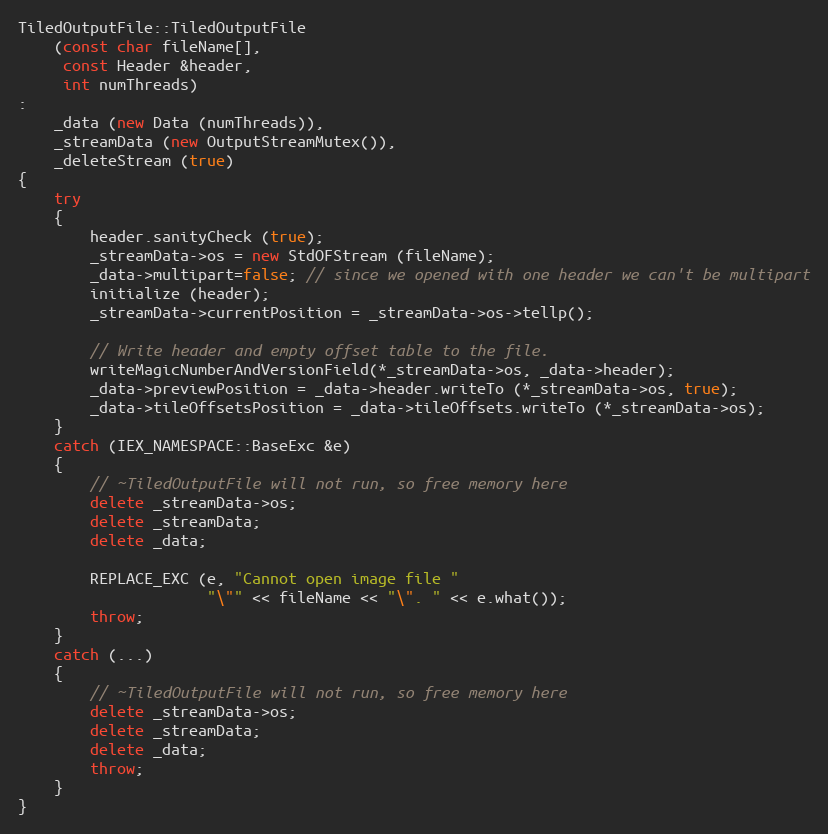
Language: C++
TiledOutputFile::TiledOutputFile
    (const char fileName[],
     const Header &header,
     int numThreads)
:
    _data (new Data (numThreads)),
    _streamData (new OutputStreamMutex()),
    _deleteStream (true)
{
    try
    {
        header.sanityCheck (true);
        _streamData->os = new StdOFStream (fileName);
        _data->multipart=false; // since we opened with one header we can't be multipart
        initialize (header);
        _streamData->currentPosition = _streamData->os->tellp();

        // Write header and empty offset table to the file.
        writeMagicNumberAndVersionField(*_streamData->os, _data->header);
        _data->previewPosition = _data->header.writeTo (*_streamData->os, true);
        _data->tileOffsetsPosition = _data->tileOffsets.writeTo (*_streamData->os);
    }
    catch (IEX_NAMESPACE::BaseExc &e)
    {
        // ~TiledOutputFile will not run, so free memory here
        delete _streamData->os;
        delete _streamData;
        delete _data;

        REPLACE_EXC (e, "Cannot open image file "
                     "\"" << fileName << "\". " << e.what());
        throw;
    }
    catch (...)
    {
        // ~TiledOutputFile will not run, so free memory here
        delete _streamData->os;
        delete _streamData;
        delete _data;
        throw;
    }
}